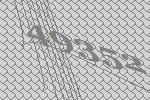
49352